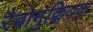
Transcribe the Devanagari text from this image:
रैबोनुक्लियक